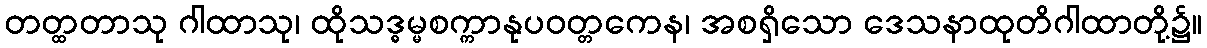
တတ္ထတာသု ဂါထာသု၊ ထိုသဒ္ဓမ္မစက္ကာနုပဝတ္တကေန၊ အစရှိသော ဒေသနာထုတိဂါထာတို့၌။